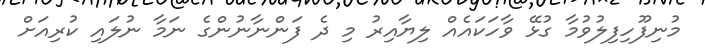
މުނިފޫހިފިލުވުމާ ގުޅޭ ވާހަކައެއް ލިޔާއިރު މި ދެ ފަންނާނުންގެ ނަމާ ނުލައި ކުރިއަށް